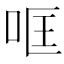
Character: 哐